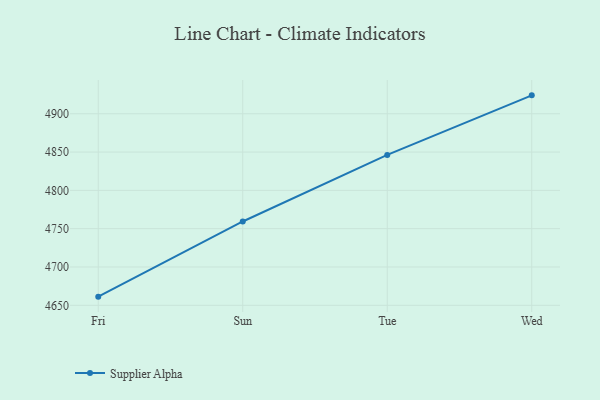
{"axis": {"x": "Day", "y": "Tickets Resolved"}, "legend": ["Supplier Alpha"], "data": [{"x": "Fri", "y": 4661.3, "type": "Supplier Alpha"}, {"x": "Sun", "y": 4759.4, "type": "Supplier Alpha"}, {"x": "Tue", "y": 4846.3, "type": "Supplier Alpha"}, {"x": "Wed", "y": 4924.0, "type": "Supplier Alpha"}]}